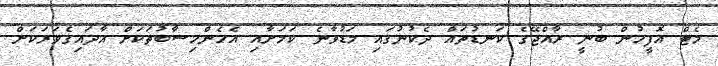
މެޓް އޮފީހުން ބުނީ ރާއްޖޭގެ ކަނޑުތައް ދެކުނުގައި މަޑުވާނެ ކަމަށާއި އެހެންހިސާބުތަކަށް އާދައިގެވަރަކަށް